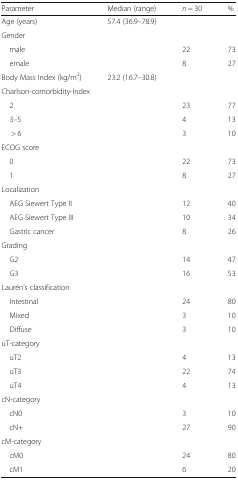
| Parameter | Median (range) | n = 30 | % |
 | --- | --- | --- | --- |
 | Age (years) | 57.4 (36.9–78.9) | <COLSPAN=2>  |
 | <COLSPAN=4> Gender |
 | male | <ROWSPAN=2>  | 22 | 73 |
 | emale | 8 | 27 |
 | Body Mass Index (kg/m2) | 23.2 (16.7–30.8) | <COLSPAN=2>  |
 | <COLSPAN=4> Charlson-comorbidity-Index |
 | 2 | <ROWSPAN=3>  | 23 | 77 |
 | 3–5 | 4 | 13 |
 | > 6 | 3 | 10 |
 | <COLSPAN=4> ECOG score |
 | 0 | <ROWSPAN=2>  | 22 | 73 |
 | 1 | 8 | 27 |
 | <COLSPAN=4> Localization |
 | AEG Siewert Type II | <ROWSPAN=3>  | 12 | 40 |
 | AEG Siewert Type III | 10 | 34 |
 | Gastric cancer | 8 | 26 |
 | <COLSPAN=4> Grading |
 | G2 | <ROWSPAN=2>  | 14 | 47 |
 | G3 | 16 | 53 |
 | <COLSPAN=4> Laurén’s classification |
 | Intestinal | <ROWSPAN=3>  | 24 | 80 |
 | Mixed | 3 | 10 |
 | Diffuse | 3 | 10 |
 | <COLSPAN=4> uT-category |
 | uT2 | <ROWSPAN=3>  | 4 | 13 |
 | uT3 | 22 | 74 |
 | uT4 | 4 | 13 |
 | <COLSPAN=4> cN-category |
 | cN0 | <ROWSPAN=2>  | 3 | 10 |
 | cN+ | 27 | 90 |
 | <COLSPAN=4> cM-category |
 | cM0 | <ROWSPAN=2>  | 24 | 80 |
 | cM1 | 6 | 20 |